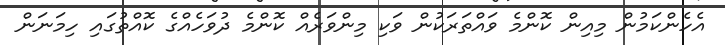
އެހެންކަމުން މިއިން ކޮންމެ ވައްތަރަކުން ވަކި މިންވަރެއް ކޮންމެ ދުވަހެއްގެ ކޮއްތުގައި ހިމަނަން